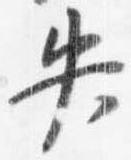
失